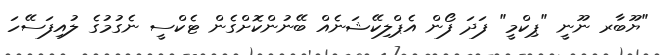
"ޔޫބާރ ނޫނީ "ޕިކްމީ" ފަދަ ފޯން އެޕްލިކޭޝަނެއް ބޭނުންކޮށްގެން ޓެކްސީ ނެގުމުގެ ލުއިފަސޭހަ